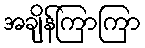
အချိန်ကြာကြာ